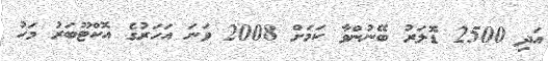
އަދި 2500 ޑޮލަރު ބޭނުންވާ ކަމަށް 2008 ވަނަ އަހަރުގެ އޮކްޓޫބަރު މަހު